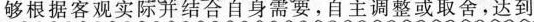
够根据客观实际并结合自身需要，自主调整或取舍，达到